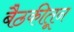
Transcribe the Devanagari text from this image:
बैठकीतून